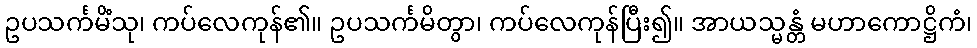
ဥပသင်္ကမိံသု၊ ကပ်လေကုန်၏။ ဥပသင်္ကမိတွာ၊ ကပ်လေကုန်ပြီး၍။ အာယသ္မန္တံ မဟာကောဋ္ဌိကံ၊